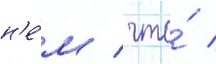
н'е́м / что́ /